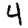
Digit: 4